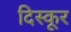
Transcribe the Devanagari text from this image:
दिस्कूर